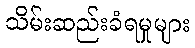
သိမ်းဆည်းခံရမှုများ